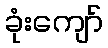
ခုံးကျော်